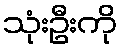
သုံးဦးကို